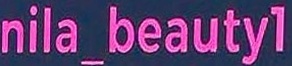
nila_beauty1